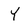
Character: Y